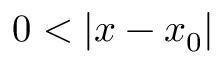
0 < | x - x _ { 0 } |